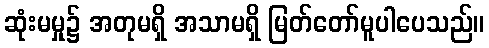
ဆုံးမမှု၌ အတုမရှိ အသာမရှိ မြတ်တော်မူပါပေသည်။